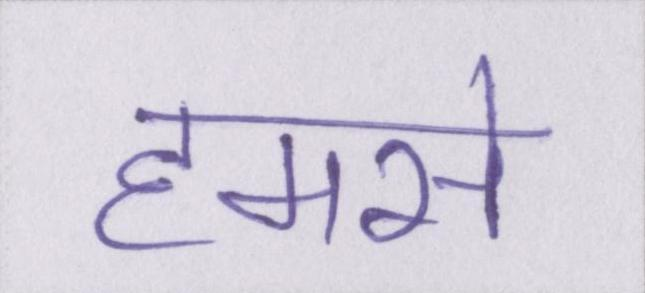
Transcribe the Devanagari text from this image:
हमसे